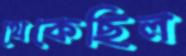
থেকেছিল